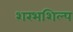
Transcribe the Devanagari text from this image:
शरभशिल्प